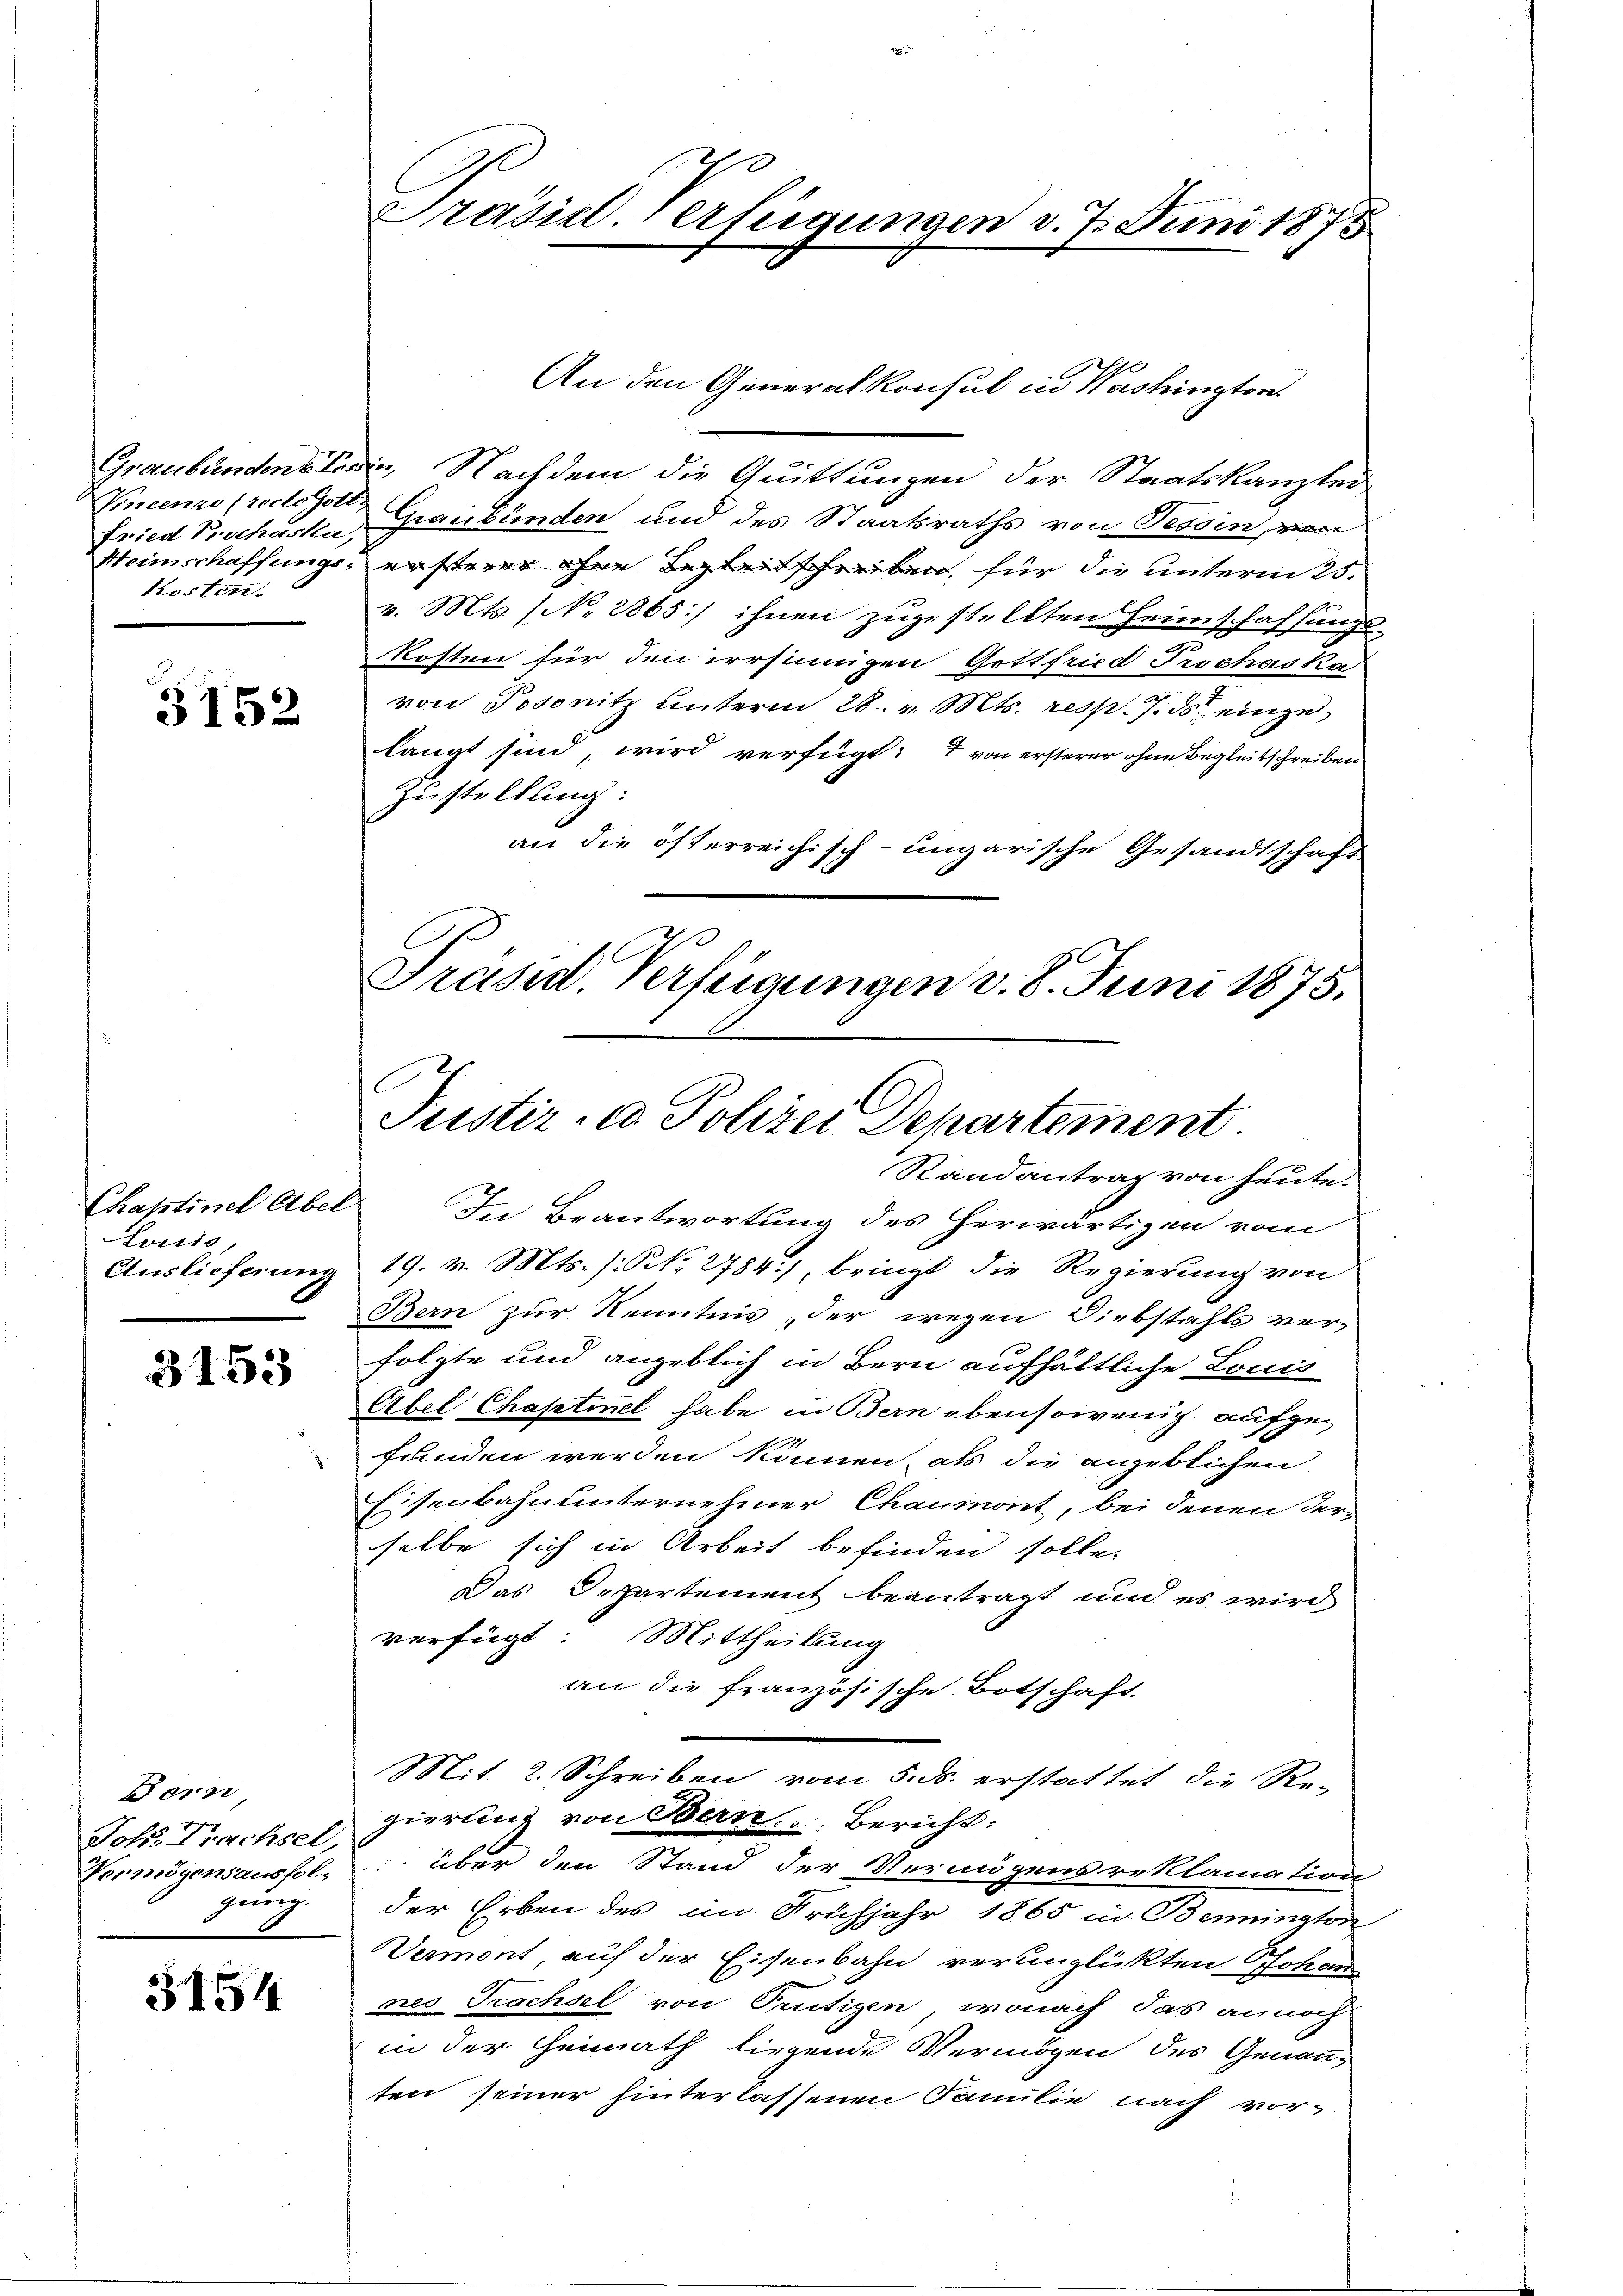
Vincenzo (recto Gott,
Kosten.

5152

Chaptiel Abel
Lonić,

3153

Bern,
Joh. Trachsel,
gung.

3154

Graubünden ein, Nachdem die Quittungen der Staatskanzlei
Fried Prochaska, Graubünden und des Staatsraths von Tessin, von
Weinschaffungs- ersterer ohne Begleitschreiben, für die unterm 25.
v. Mts. (N. 2865] ihnen zugestellten Heimschaffungskosten für den irrsinnigen Gottfried Prochaska
von Posonitz unterm 28. v. Mts. resp. 7. ds einge
langt sind, wird verfügt: I von ersterer ohne Begleitschreiben
Zustellung:
an die österreichisch-ungarische Gesandtschaft
Präsid. Verfeigungen v. 8. Juni 1875.

In Beantwortung des herwärtigen vom
Auslieferung 19. v. Mts. (S. 2784), bringt die Regierŭng von
Bern zur Kenntnis der wegen Diebstahls verfolgte und angeblich in Bern aufhältliche Louis
Abel Chaptinel habe in Bern ebensowenig aufge¬

funden werden können, als die angeblichen
Eisenbahnunternehmer Chaumont, bei denen der-
selbe sich in Arbeit befinden solle.
Das Departement beantragt und es wird
verfügt: Mittheilung
an die französische Botschaft
Mit 2. Schreiben vom 5. ds. erstattet die Re-
gierung von Bern. Bericht:
Vermögensausfol, über den Stand der Vermögens reklamation
der Erben des im Frühjahr 1865 in Bennington
Werment, auf der Eisenbahn verunglückten Johan
nes Trachsel von Trutigen, wonach das annoch
in der Heimath liegende Vermögen des Genanten seiner hinterlassenen Familie nach vor-

Präsidl. verfügungen d. 7. Juni 1875

Justiz- & Polizei Departement.
Randantrag von heute.

An den Generalkonsul in Washington